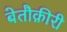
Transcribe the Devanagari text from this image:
बेतौक़ीरी